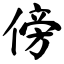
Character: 傍